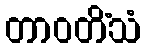
တာဝတိံသံ